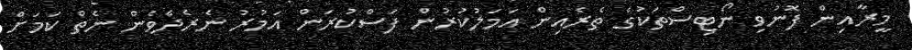
މީރާއިން ފޮނުވި ނޯޓިސްތަކުގެ ތެރެއިން އަމަލުކުރުން ފަސްކުރަން އަމުރު ނެރެދެވެން ނެތް ކަމަށް